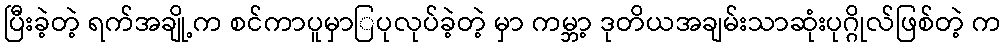
ပြီးခဲ့တဲ့ ရက်အချို့က စင်ကာပူမှာြပုလုပ်ခဲ့တဲ့ မှာ ကမ္ဘာ့ ဒုတိယအချမ်းသာဆုံးပုဂ္ဂိုလ်ဖြစ်တဲ့ က